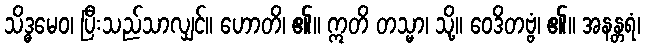
သိဒ္ဓမေဝ၊ ပြီးသည်သာလျှင်။ ဟောတိ၊ ၏။ ဣတိ တသ္မာ၊ သို့။ ဝေဒိတဗ္ဗံ၊ ၏။ အနန္တရံ၊